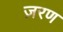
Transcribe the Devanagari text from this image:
ज़रण